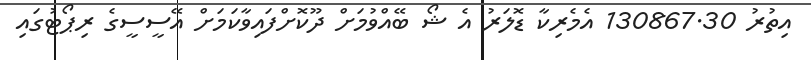
އިތުރު 130867.30 އެމެރިކާ ޑޮލަރު އެ ޝޯ ބޭއްވުމަށް ދޫކޮށްފައިވާކަމަށް އޭސީސީގެ ރިޕޯޓުގައި